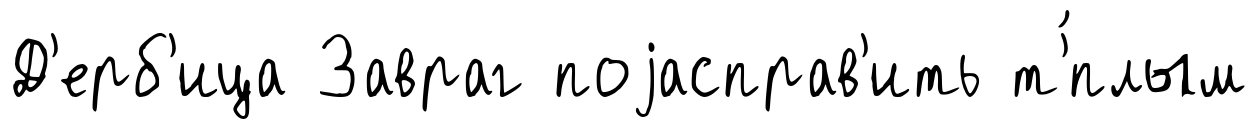
Д'ерб'ица Завраг поjасправ'ить т'́плым